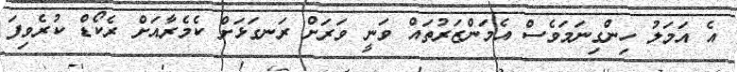
އެ އަމަލު ހިންގިނަމަވެސް އެމަންޒަރުތައް ވަނީ ވަރަށް ރަނގަޅަށް ކެމެރާއަށް ރެކޯޑް ކުރެވިފަ